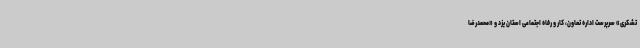
تشکری» سرپرست اداره تعاون، کار و رفاه اجتماعی استان یزد و «محمدرضا